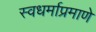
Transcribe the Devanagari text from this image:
स्वधर्माप्रमाणे